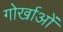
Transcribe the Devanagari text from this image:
गोर्खाओं